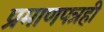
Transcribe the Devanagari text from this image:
प्रमाणपत्रही